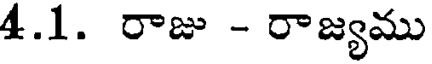
4.1. రాజు - రాజ్యము